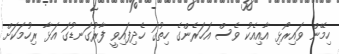
ހިމޭން ވައިރޯޅި އާއިއެކު ވެސް އަހަރެންގެ ހިތުގަ ހެދިފައިވީ ފާރުގަނޑުގަ އަޅާ ރިހުމަކަށް